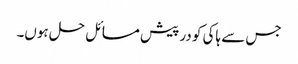
جس سے ہاکی کو در پیش مسائل حل ہوں۔